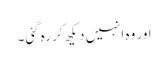
اور وہ انہیں دیکھ کر رہ گئی۔